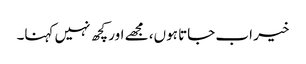
خیر اب جاتا ہوں، مجھے اور کچھ نہیں کہنا۔